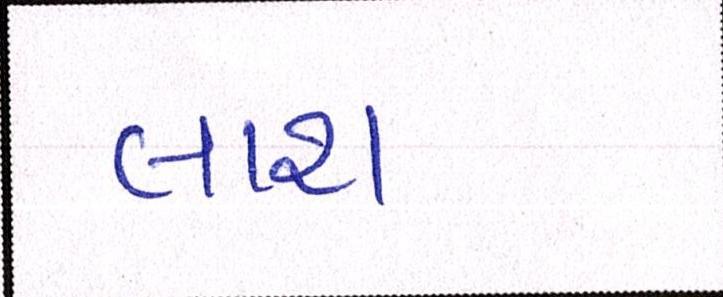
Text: લાશ